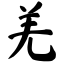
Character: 羌